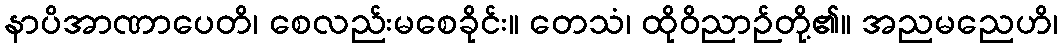
နာပိအာဏာပေတိ၊ စေလည်းမစေခိုင်း။ တေသံ၊ ထိုဝိညာဉ်တို့၏။ အညမညေဟိ၊